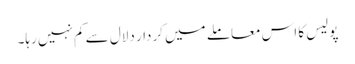
پولیس کا اس معاملے میں کردار دلال سے کم نہیں رہا۔